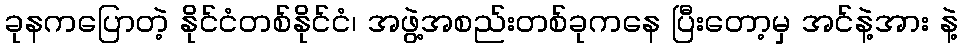
ခုနကပြောတဲ့ နိုင်ငံတစ်နိုင်ငံ၊ အဖွဲ့အစည်းတစ်ခုကနေ ပြီးတော့မှ အင်နဲ့အား နဲ့